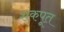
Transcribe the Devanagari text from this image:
शंकपूत